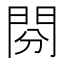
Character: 𨳚